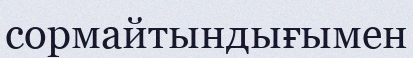
сормайтындығымен